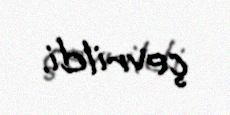
çevrildi.